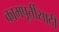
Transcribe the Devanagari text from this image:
कामपूर्तीसाठी